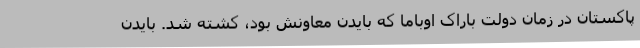
پاکستان در زمان دولت باراک اوباما که بایدن معاونش بود، کشته شد. بایدن